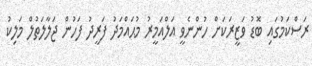
ރަސްކަމުގައި ބޮޑު ވަޒީރަކަށް ހުންނެވީ އަލްއަމީރު މުޙައްމަދު ފަރީދު ފަހުން ޖަލާލަތުލް މަލިކު